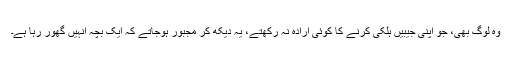
وہ لوگ بھی، جو اپنی جیبیں ہلکی کرنے کا کوئی ارادہ نہ رکھتے، یہ دیکھ کر مجبور ہوجاتے کہ ایک بچہ انہیں گھور رہا ہے۔